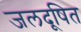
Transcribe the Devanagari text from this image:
जलदूषित